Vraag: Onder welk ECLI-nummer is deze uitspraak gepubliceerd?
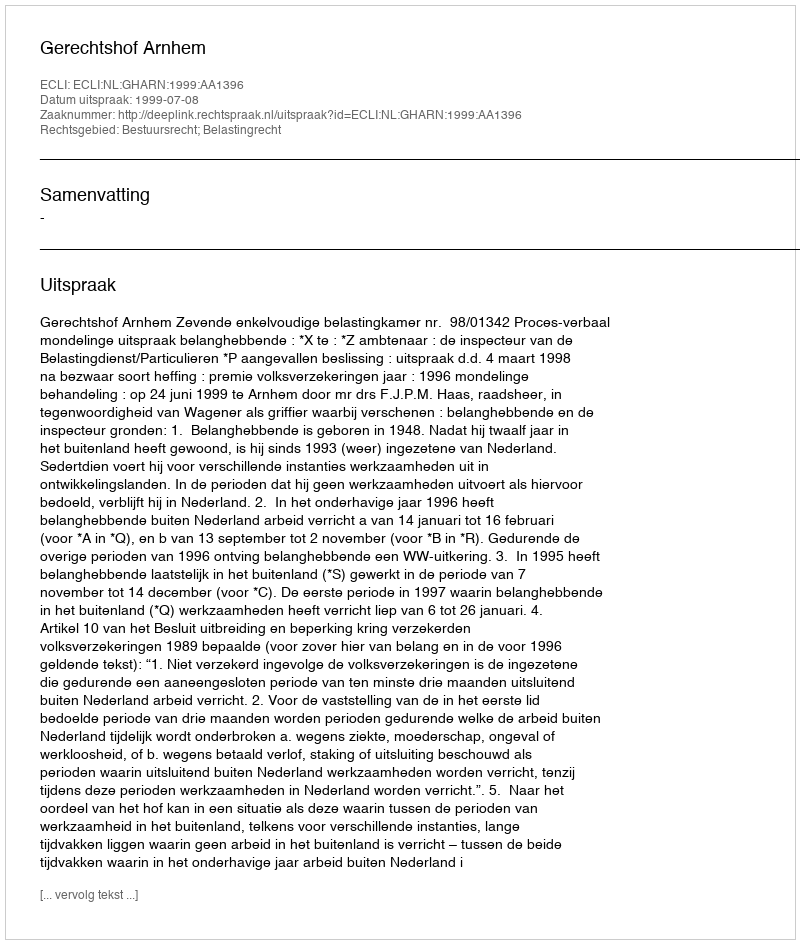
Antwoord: ECLI:NL:GHARN:1999:AA1396